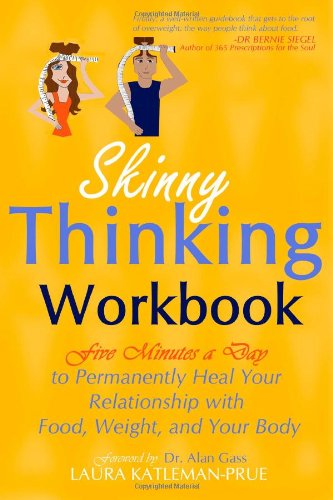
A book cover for Skinny Thinking Workbook: Five Minutes a Day to Permanently Heal Your Relationship with Food, Weight & Your Body; Laura Katleman-Prue; Health, Fitness & Dieting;